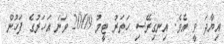
އިޔާދަ ވީ އެވެ. އިނގިރޭސި ހަތަރު ޓީމު 2009 ވަނަ އަހަރުގެ ފަހުން